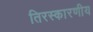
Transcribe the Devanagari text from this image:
तिरस्कारणीय